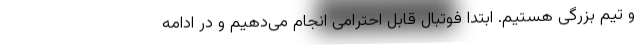
و تیم بزرگی هستیم. ابتدا فوتبال قابل احترامی انجام می‌دهیم و در ادامه